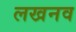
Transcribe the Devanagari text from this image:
लखनव